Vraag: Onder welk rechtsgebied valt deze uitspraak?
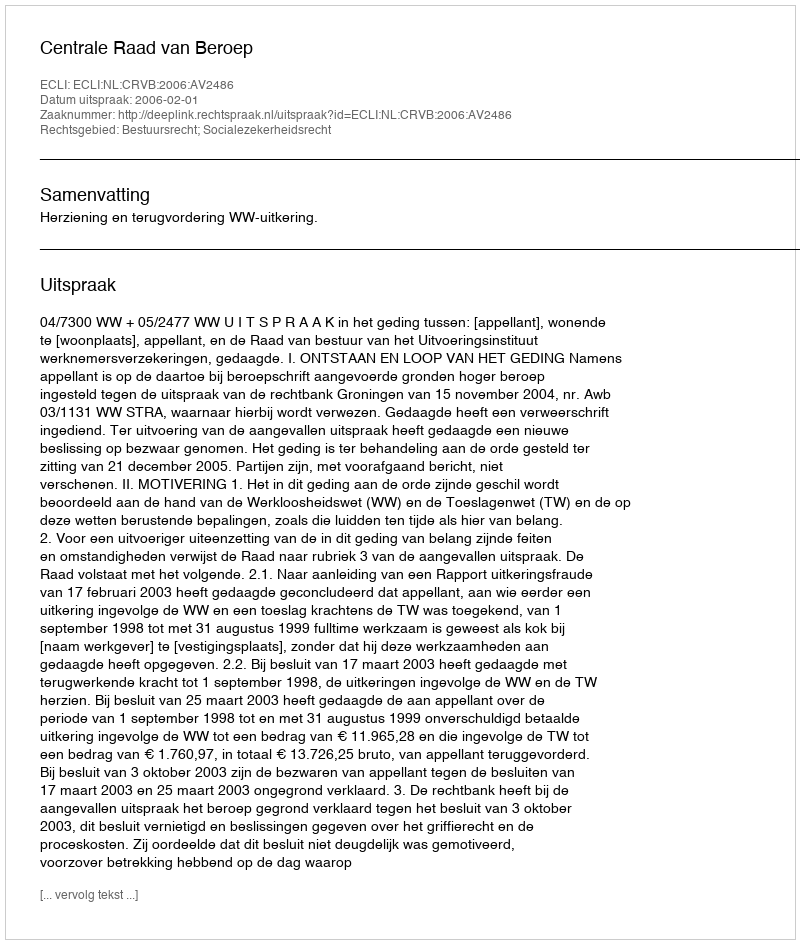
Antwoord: Bestuursrecht; Socialezekerheidsrecht